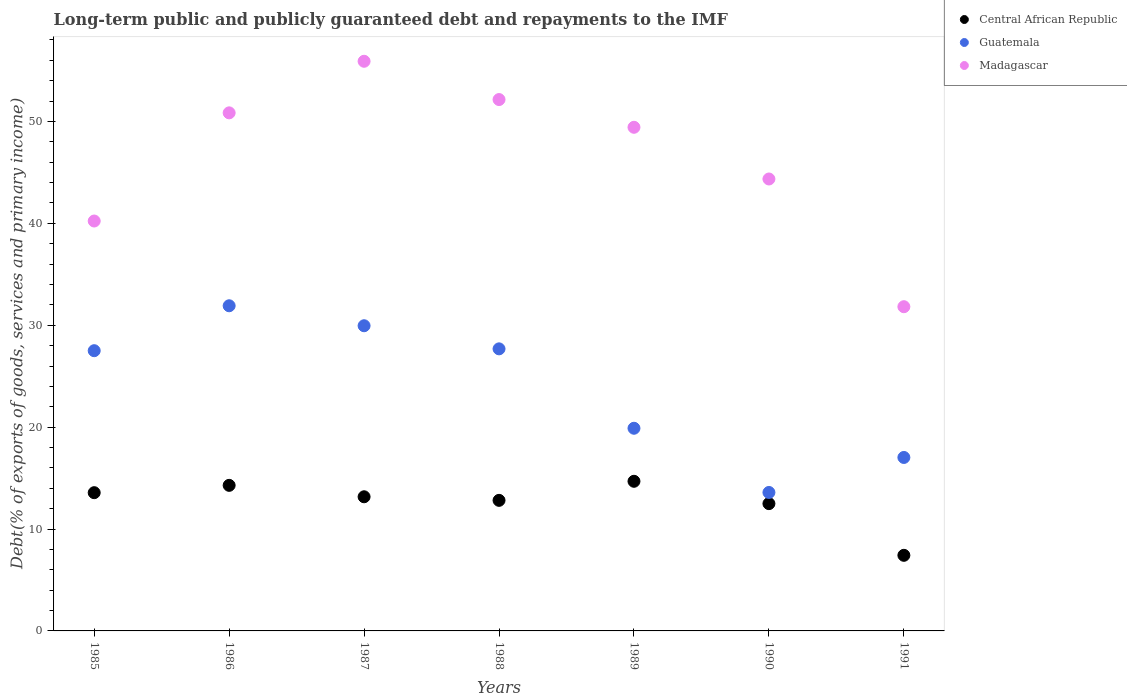
| Years | Central African Republic | Guatemala | Madagascar |
 | --- | --- | --- | --- |
 | 1985 | 13.6 | 27.5 | 40.2 |
 | 1986 | 14.3 | 31.9 | 50.8 |
 | 1987 | 13.2 | 30 | 55.9 |
 | 1988 | 12.8 | 27.7 | 52.2 |
 | 1989 | 14.7 | 19.9 | 49.4 |
 | 1990 | 12.5 | 13.6 | 44.4 |
 | 1991 | 7.42 | 17 | 31.8 |